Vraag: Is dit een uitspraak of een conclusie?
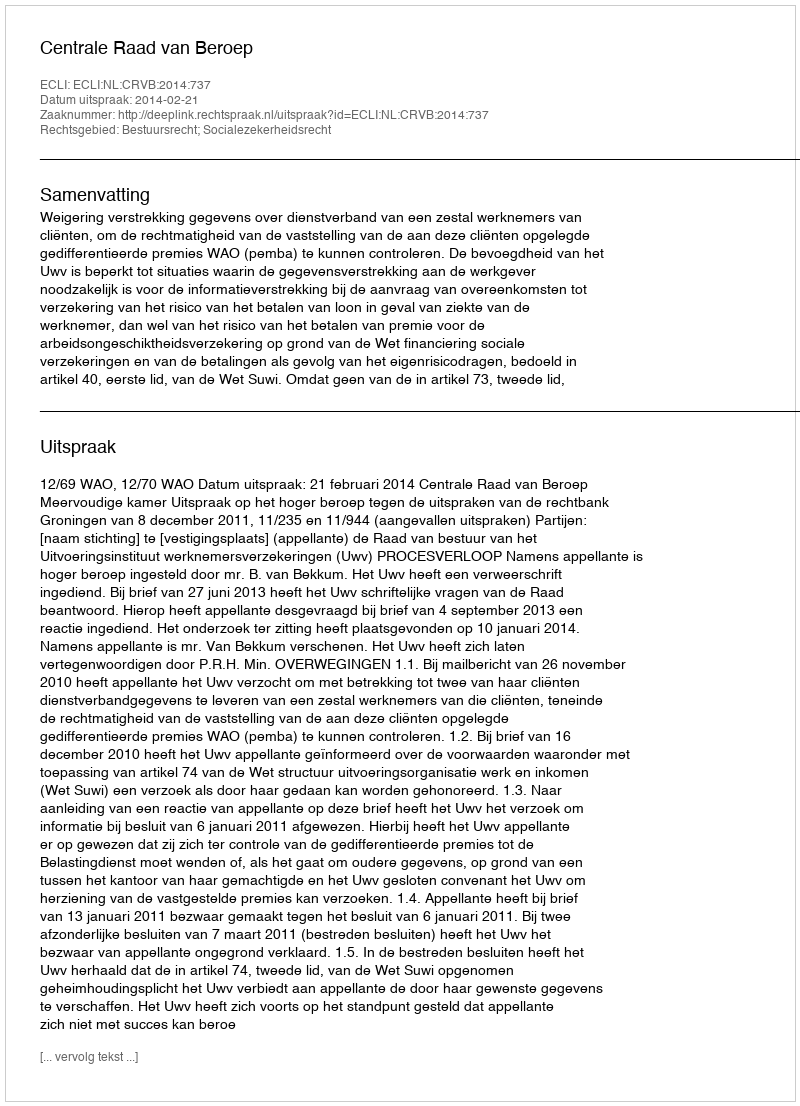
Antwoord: Uitspraak